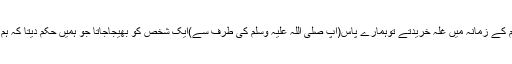
[15]اسی طرح صحابی رضی اللہ عنہ فرماتے ہیں:’’ ہم رسول اللہ صلی اللہ علیہ وسلم کے زمانہ میں غلہ خریدتے توہمارے پاس(آپ صلی اللہ علیہ وسلم کی طرف سے)ایک شخص کو بھیجاجاتا جو ہمیں حکم دیتا کہ ہم اُسے بیچنےسےپہلےخریدی ہوئی جگہ سے اُٹھا کرکسی دوسری جگہ منتقل کرلیں‘‘۔